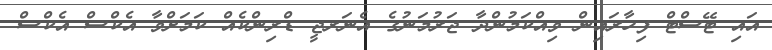
އައި ޓޭސްޓް ފިހާރައިން ވިއްކަމުންދާ ޖަރުމަނުގެ އެނަރޖީ ޑްރިންކެއް ކަމަށްވާ އެކްސް އެކްސް